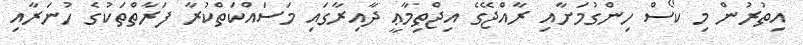
އިތުރުން މި ކޯސް ހިންގުމަށާއި ރާއްޖޭގެ އިޖްތިމާޢީ ދާއިރާގައި މަސައްކަތްކުރާ ފަރާތްތަކުގެ ހުނަރާއި